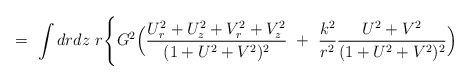
\begin{align*}= \ \int drdz \ r \Biggl\{ G^2 \Bigl( { U_{r}^2 + U_z^2 + V_r^2 + V_z^2 \over ( 1 + U^2 + V^2 )^2 } \ + \ \frac{k^2}{r^2}{ U^2 + V^2 \over( 1 + U^2 + V^2 )^2 } \Bigr)\end{align*}